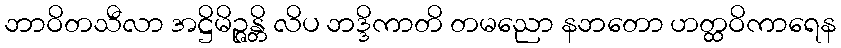
ဘာဝိတသီလာ အဋ္ဌိမိဉ္ဇန္တိ လိပ ဘဒ္ဒိကာတိ တမညော နဘတော ဟတ္ထဝိကာရေန